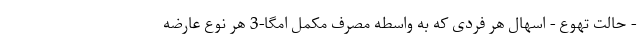
- حالت تهوع - اسهال هر فردی که به واسطه مصرف مکمل امگا-3 هر نوع عارضه